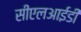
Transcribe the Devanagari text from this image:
सीएलआईडी